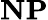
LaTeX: \textbf{NP}